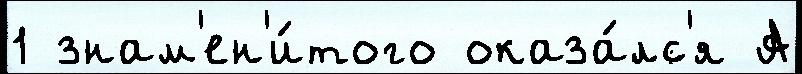
1 знам'ен'и́того оказа́лс'я А